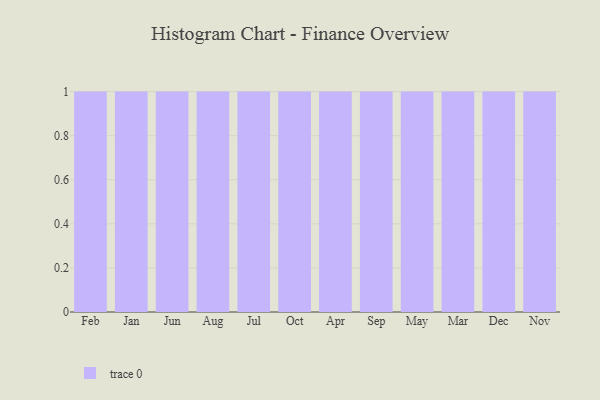
{"axis": {"x": "Month", "y": "Backlog"}, "legend": [""], "data": [{"x": "Feb", "y": 36, "type": ""}, {"x": "Jan", "y": 14, "type": ""}, {"x": "Jun", "y": 76, "type": ""}, {"x": "Aug", "y": 59, "type": ""}, {"x": "Jul", "y": 31, "type": ""}, {"x": "Oct", "y": 55, "type": ""}, {"x": "Apr", "y": 90, "type": ""}, {"x": "Sep", "y": 25, "type": ""}, {"x": "May", "y": 59, "type": ""}, {"x": "Mar", "y": 40, "type": ""}, {"x": "Dec", "y": 91, "type": ""}, {"x": "Nov", "y": 98, "type": ""}]}